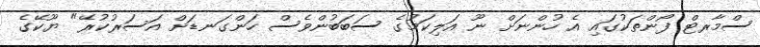
ސްމާރޓް ފޯންތަކުގައި އެ ހުންނަށް ނޫ އަލިކަމުގެ ސަބަބުންވެސް ހަންގަނޑަށް އަސަރުކުރޭ" ޔޫކޭގެ